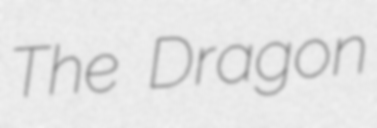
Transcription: The Dragon